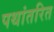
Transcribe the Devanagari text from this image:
पथांतरित